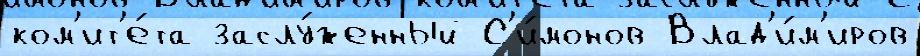
ком'ит'е́та заслу́женный С'и́монов Влад'и́м'иров